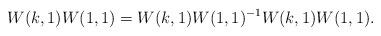
LaTeX: \begin{align*}W(k, 1) W(1, 1) = W(k, 1) W(1, 1)^{-1} W(k, 1) W(1, 1).\end{align*}